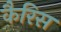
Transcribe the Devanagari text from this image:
कैरिस